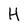
Character: H